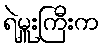
ရဲမှူးကြီးက